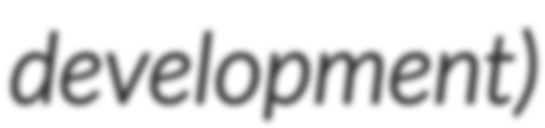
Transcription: development)